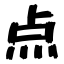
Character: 点